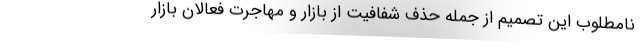
نامطلوب این تصمیم از جمله حذف شفافیت از بازار و مهاجرت فعالان بازار